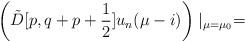
LaTeX: \begin{align*}\left(\tilde{D}[p,q+p+\frac{1}{2}]u_{n}(\mu-i)\right)\mid_{\mu=\mu_{0}}=\end{align*}